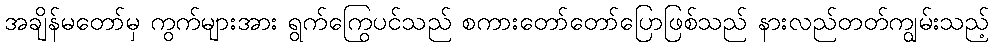
အချိန်မတော်မှ ကွက်များအား ရွက်ကြွေပင်သည် စကားတော်တော်ပြောဖြစ်သည် နားလည်တတ်ကျွမ်းသည့်